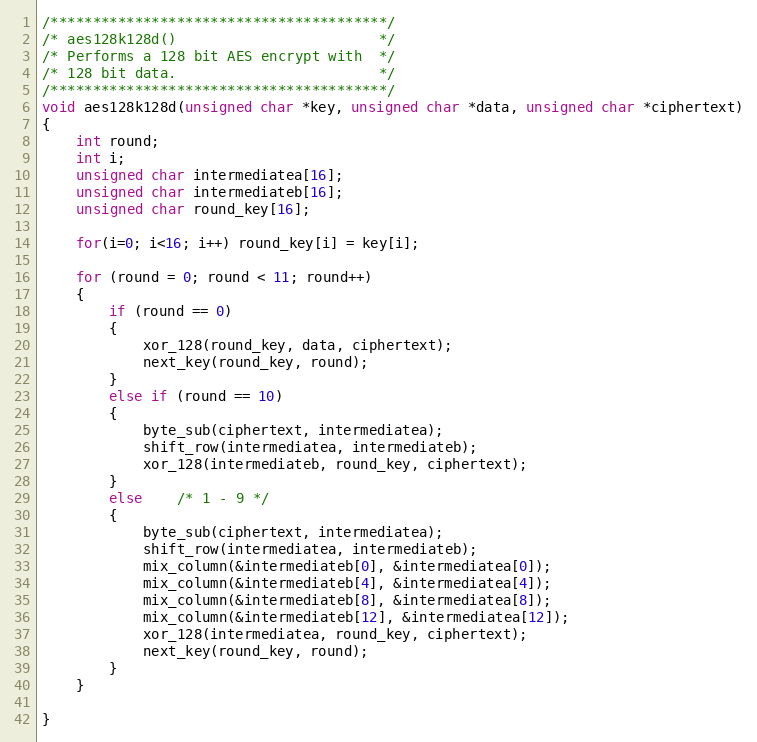
Language: C
/****************************************/
/* aes128k128d()                        */
/* Performs a 128 bit AES encrypt with  */
/* 128 bit data.                        */
/****************************************/
void aes128k128d(unsigned char *key, unsigned char *data, unsigned char *ciphertext)
{
	int round;
	int i;
	unsigned char intermediatea[16];
	unsigned char intermediateb[16];
	unsigned char round_key[16];

	for(i=0; i<16; i++) round_key[i] = key[i];

	for (round = 0; round < 11; round++)
	{
		if (round == 0)
		{
			xor_128(round_key, data, ciphertext);
			next_key(round_key, round);
		}
		else if (round == 10)
		{
			byte_sub(ciphertext, intermediatea);
			shift_row(intermediatea, intermediateb);
			xor_128(intermediateb, round_key, ciphertext);
		}
		else    /* 1 - 9 */
		{
			byte_sub(ciphertext, intermediatea);
			shift_row(intermediatea, intermediateb);
			mix_column(&intermediateb[0], &intermediatea[0]);
			mix_column(&intermediateb[4], &intermediatea[4]);
			mix_column(&intermediateb[8], &intermediatea[8]);
			mix_column(&intermediateb[12], &intermediatea[12]);
			xor_128(intermediatea, round_key, ciphertext);
			next_key(round_key, round);
		}
	}

}